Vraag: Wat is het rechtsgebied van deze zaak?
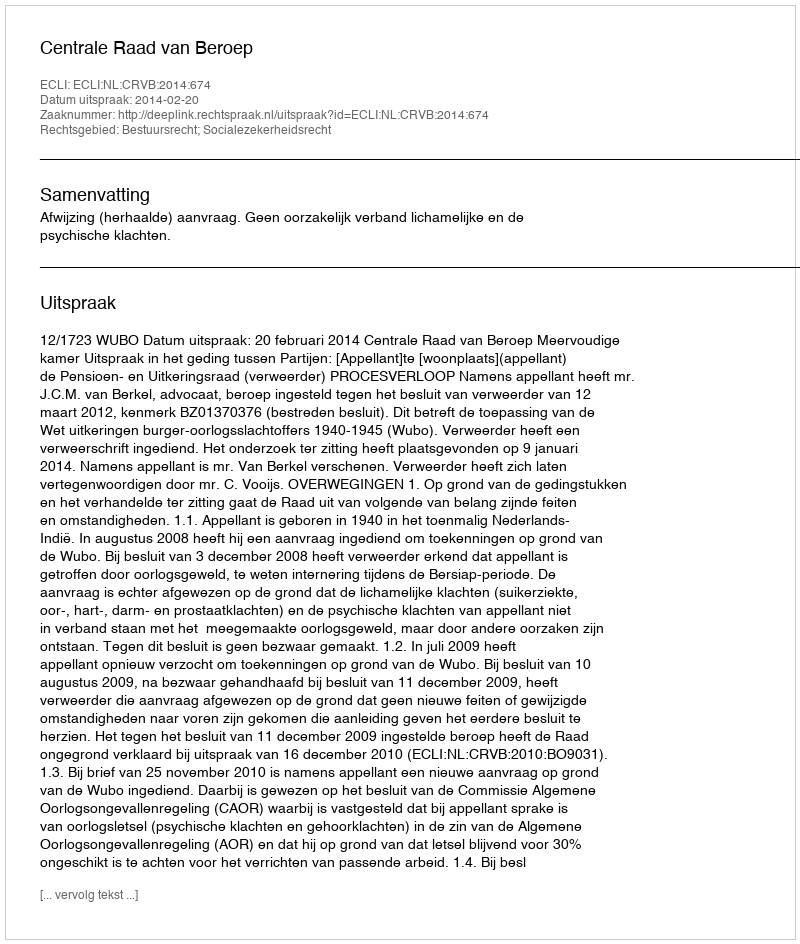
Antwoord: Bestuursrecht; Socialezekerheidsrecht